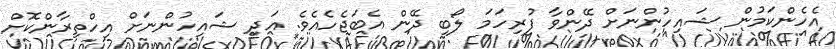
އެހެންކަމުން ޝައިހުންނަށް ދޭންވާ ފުރިހަމަ ލޯބި ދޭން އެބަޖެހެއެވެ. އަދި ޝައިހުންނަށް އިހްތިރާންކޮށް